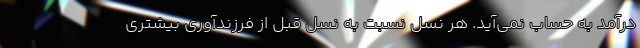
درآمد به حساب نمی‌آید. هر نسل نسبت به نسل قبل از فرزند‌آوری بیشتری